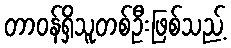
တာဝန်ရှိသူတစ်ဦးဖြစ်သည့်